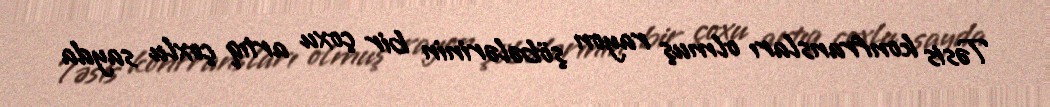
Təsis konfransları olmuş rayon şöbələrinin bir çoxu artıq çoxlu sayda